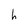
Character: h